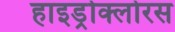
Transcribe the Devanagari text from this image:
हाइड्रोक्लोरस